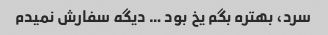
سرد، بهتره بگم یخ بود … دیگه سفارش نمیدم